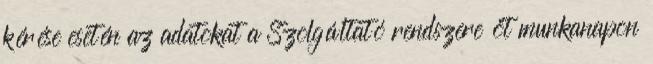
kérése esetén az adatokat a Szolgáltató rendszere öt munkanapon